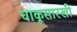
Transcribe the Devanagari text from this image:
चाकूसारखी